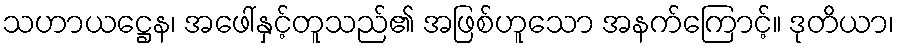
သဟာယဋ္ဌေန၊ အဖေါ်နှင့်တူသည်၏ အဖြစ်ဟူသော အနက်ကြောင့်။ ဒုတိယာ၊